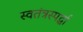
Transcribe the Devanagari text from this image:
स्वतंत्रस्पर्द्धा